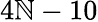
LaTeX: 4\mathbb{N}-10